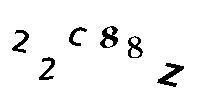
22C88Z